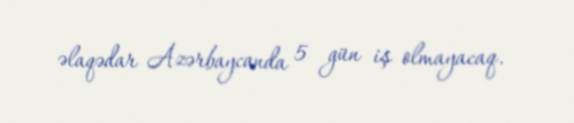
əlaqədar Azərbaycanda 5 gün iş olmayacaq.